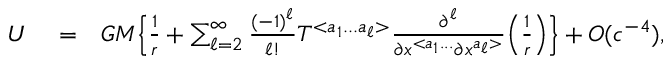
\begin{array} { r l r } { U } & { { } = } & { G M \Big \{ \frac { 1 } { r } + \sum _ { \ell = 2 } ^ { \infty } \frac { ( - 1 ) ^ { \ell } } { \ell ! } { \cal T } ^ { < a _ { 1 } . . . a _ { \ell } > } \frac { \partial ^ { \ell } } { \partial x ^ { < a _ { 1 } . . . } \partial x ^ { a _ { \ell } > } } \Big ( \frac { 1 } { r } \Big ) \Big \} + { \cal O } ( c ^ { - 4 } ) , } \end{array}